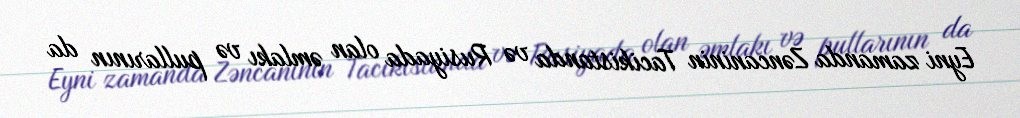
Eyni zamanda Zəncaninin Tacikistanda və Rusiyada olan əmlakı və pullarının da